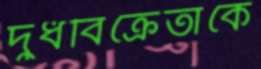
দুধবিক্রেতাকে